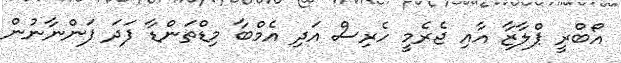
އޯބްރީ ޕްލާޒާ އާއި ޖެރެމީ ހެރިސް އަދި އެމްބާ މިޑްތަންޑާ ފަދަ ފަންނާނުން